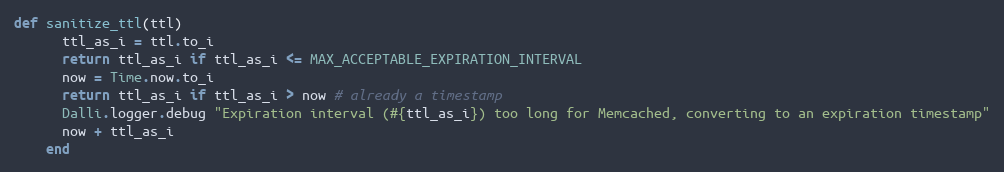
Language: Ruby
def sanitize_ttl(ttl)
      ttl_as_i = ttl.to_i
      return ttl_as_i if ttl_as_i <= MAX_ACCEPTABLE_EXPIRATION_INTERVAL
      now = Time.now.to_i
      return ttl_as_i if ttl_as_i > now # already a timestamp
      Dalli.logger.debug "Expiration interval (#{ttl_as_i}) too long for Memcached, converting to an expiration timestamp"
      now + ttl_as_i
    end